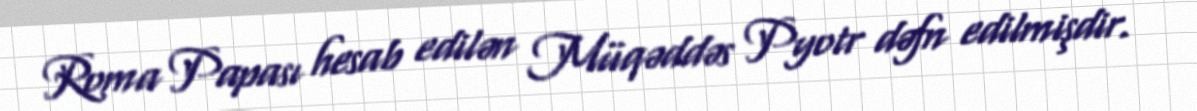
Roma Papası hesab edilən Müqəddəs Pyotr dəfn edilmişdir.